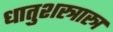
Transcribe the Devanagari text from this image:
धातुशस्त्रास्त्र